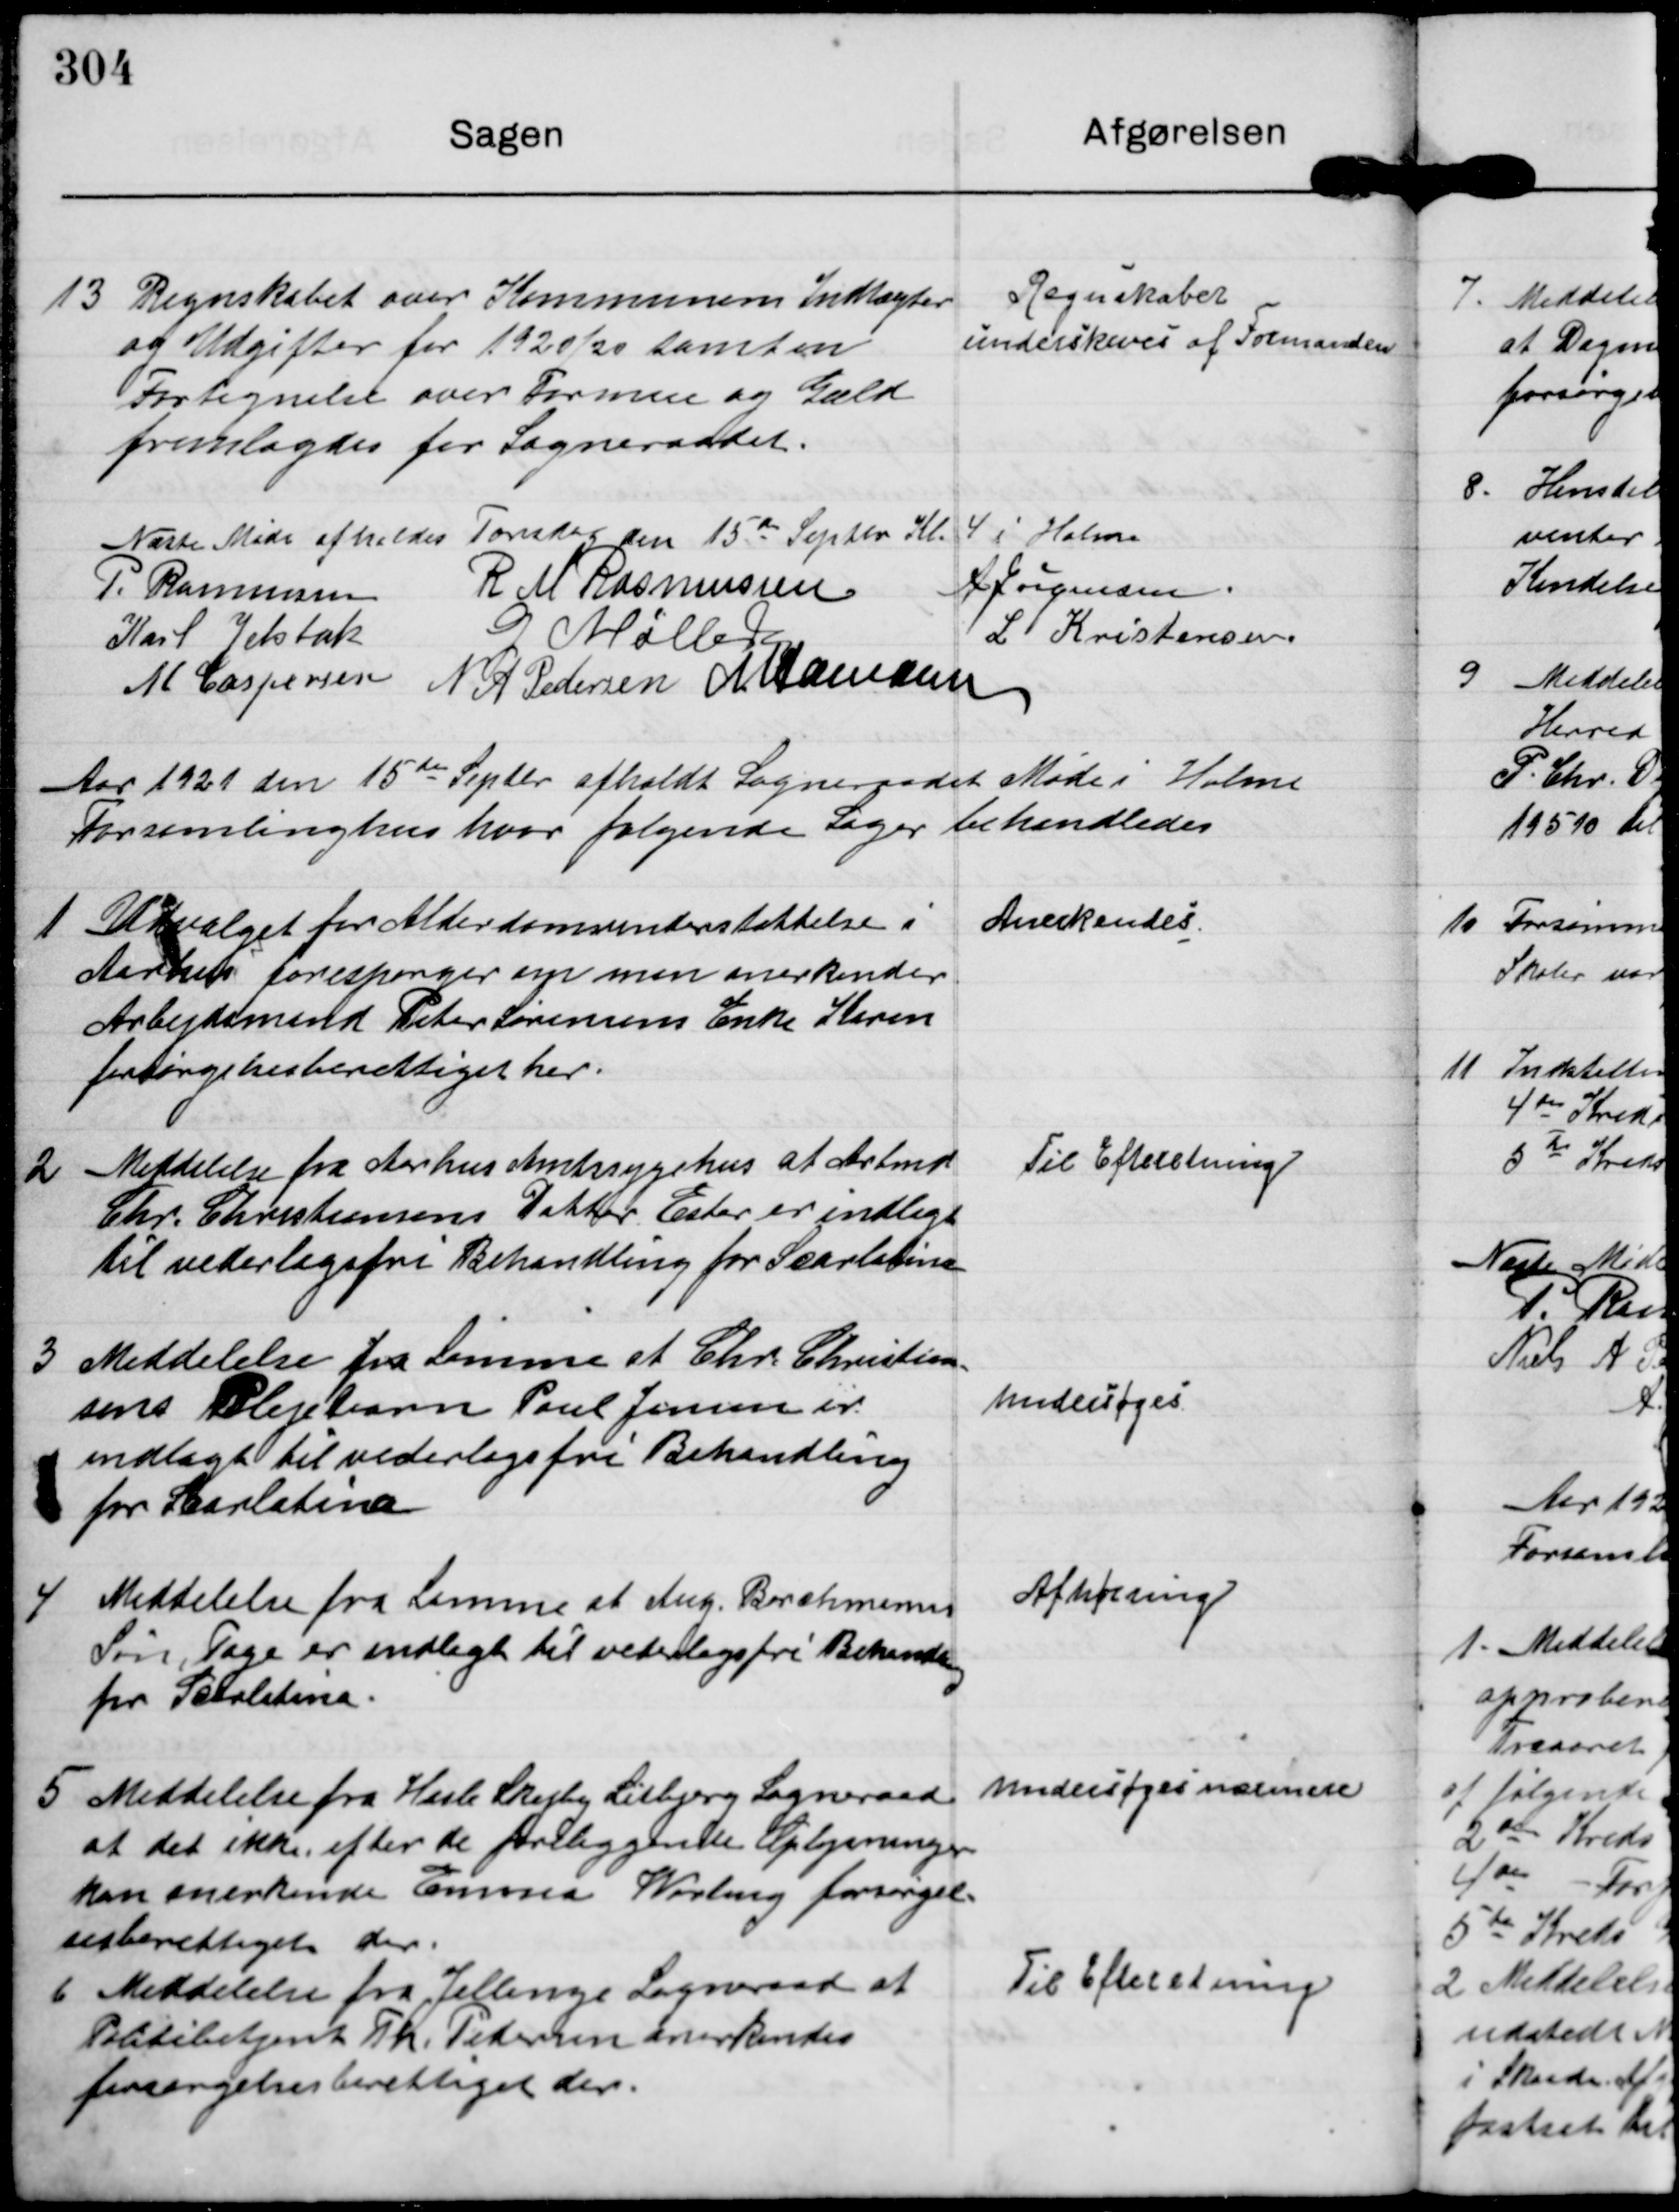
Transskription:
13

Regnskabet over Kommunens Indtægter
og Udgifter for 1920/21 samt en
Fortegnelse over Formue og Gæld
fremlagdes for Sogneraadet.

Regnskaber
underskives af Formanden

Næste Møde afholdes Torsdag den 15de Septbr Kl. 4 i Holme

P. Rasmussen R M Rasmussen
A Jørgensen
Karl Jelsbak
G Møller
L Kristensen
M Caspersen N A Pedersen M Hamann

Aar 1921 den 15de Septbr afholdt Sogneraadet Møde i Holme
Forsamlinghus hvor følgende Sager behandledes

1

Udvalget for Alderdomsunderstøttelse i
Aarhus forespørger om man anerkender
Arbejdsmand Peter Sørensens Enke Karen
besørgelsesberettiget her.

Anerkendes.

2

Meddelelse fra Aarhus Amtssygehus at Arbmd
Chr. Christensens Datter Ester er indlagt
til vederlagsfri Behandling for Scarlatine

Til Efteretning.

3

Meddelelse fra Samme at Chr. Christian-
sens Plejebarn Poul Jensen er
indlagt til vederlagsfri Behandling
for Scarlatina

Undersøges

4

Meddelelse fra Samme at Aug. Brockmanns
Søn, Tage er indlagt til vederlagsfri Behandling
for Scarkatine.

Afhørring

5

Meddelelse fra Hasle Skejby Lisbjerg Sogneraad
at det ikke efter de foreliggende Oplysninger
kan anerkende Emma Werling forsørgel-
sesberettiget der.

undersøges nærmere

6

Meddelelse fra Jellinge Sogneraad at
Politibetjent Th. Pedersen anerkendes
forsørgelsesberettiget der.

Til Efteretning